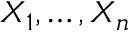
X _ { 1 } , \dots , X _ { n }